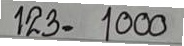
123 =1000